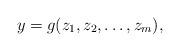
LaTeX: \begin{align*}y = g(z_1, z_2, \ldots, z_m),\end{align*}